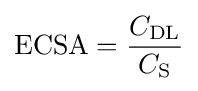
{\text{ECSA}}={\frac {C_{\text{DL}}}{C_{\text{S}}}}